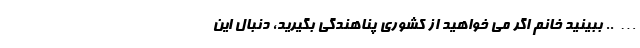
….. ببینید خانم اگر می خواهید از کشوری پناهندگی بگیرید، دنبال این